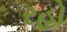
રહો